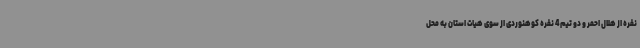
نفره از هلال احمر و دو تیم 4 نفره کوهنوردی از سوی هیات استان به محل